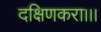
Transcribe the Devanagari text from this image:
दक्षिणकरा।।।